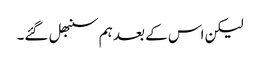
لیکن اس کے بعد ہم سنبھل گئے۔